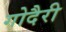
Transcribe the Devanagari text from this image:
गोदैरी